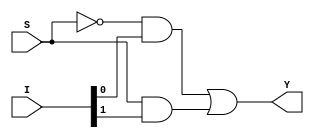
`timescale 1ns / 1ps
//////////////////////////////////////////////////////////////////////////////////

//Verilog design of 2x1 mux with inputs I[0],I[1], S & output Y

//////////////////////////////////////////////////////////////////////////////////



module Day1_2x1MUX(
    input wire [1:0]I,
    input wire S,
    output reg Y
    );
    
    always@(I or S)
    begin
    
    Y= (~S&I[0])|(S&I[1]);
    
    end
    
endmodule